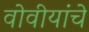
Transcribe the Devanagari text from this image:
वोवीयांचे